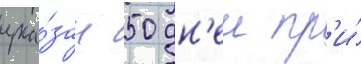
ука́зан 50 дн'еи пр'и́